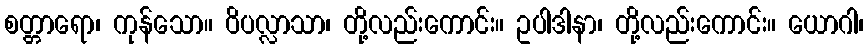
စတ္တာရော၊ ကုန်သော။ ဝိပလ္လာသာ၊ တို့လည်းကောင်း။ ဥပါဒါနာ၊ တို့လည်းကောင်း။ ယောဂါ၊